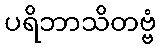
ပရိဘာသိတဗ္ဗံ